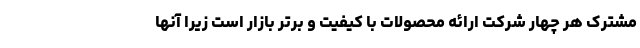
مشترک هر چهار شرکت ارائه محصولات با کیفیت و برتر بازار است زیرا آنها